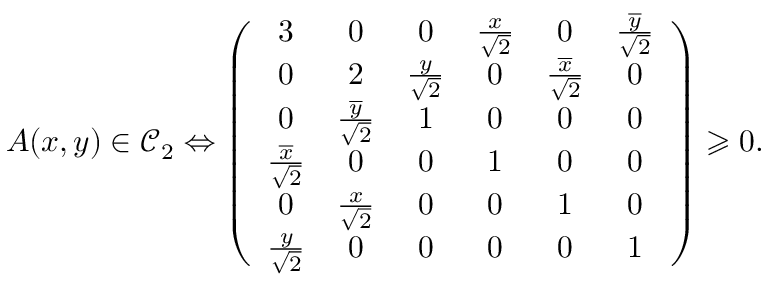
A ( x , y ) \in \mathcal C _ { 2 } \Leftrightarrow \left( \begin{array} { c c c c c c } { 3 } & { 0 } & { 0 } & { \frac { x } { \sqrt { 2 } } } & { 0 } & { \frac { \overline { y } } { \sqrt { 2 } } } \\ { 0 } & { 2 } & { \frac { y } { \sqrt { 2 } } } & { 0 } & { \frac { \overline { x } } { \sqrt { 2 } } } & { 0 } \\ { 0 } & { \frac { \overline { y } } { \sqrt { 2 } } } & { 1 } & { 0 } & { 0 } & { 0 } \\ { \frac { \overline { x } } { \sqrt { 2 } } } & { 0 } & { 0 } & { 1 } & { 0 } & { 0 } \\ { 0 } & { \frac { x } { \sqrt { 2 } } } & { 0 } & { 0 } & { 1 } & { 0 } \\ { \frac { y } { \sqrt { 2 } } } & { 0 } & { 0 } & { 0 } & { 0 } & { 1 } \end{array} \right) \geqslant 0 .